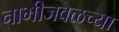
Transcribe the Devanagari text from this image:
नाभीजवळच्या